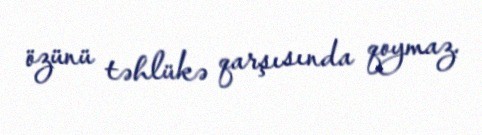
özünü təhlükə qarşısında qoymaz.